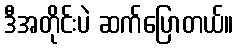
ဒီအတိုင်းပဲ ဆက်ပြောတယ်။